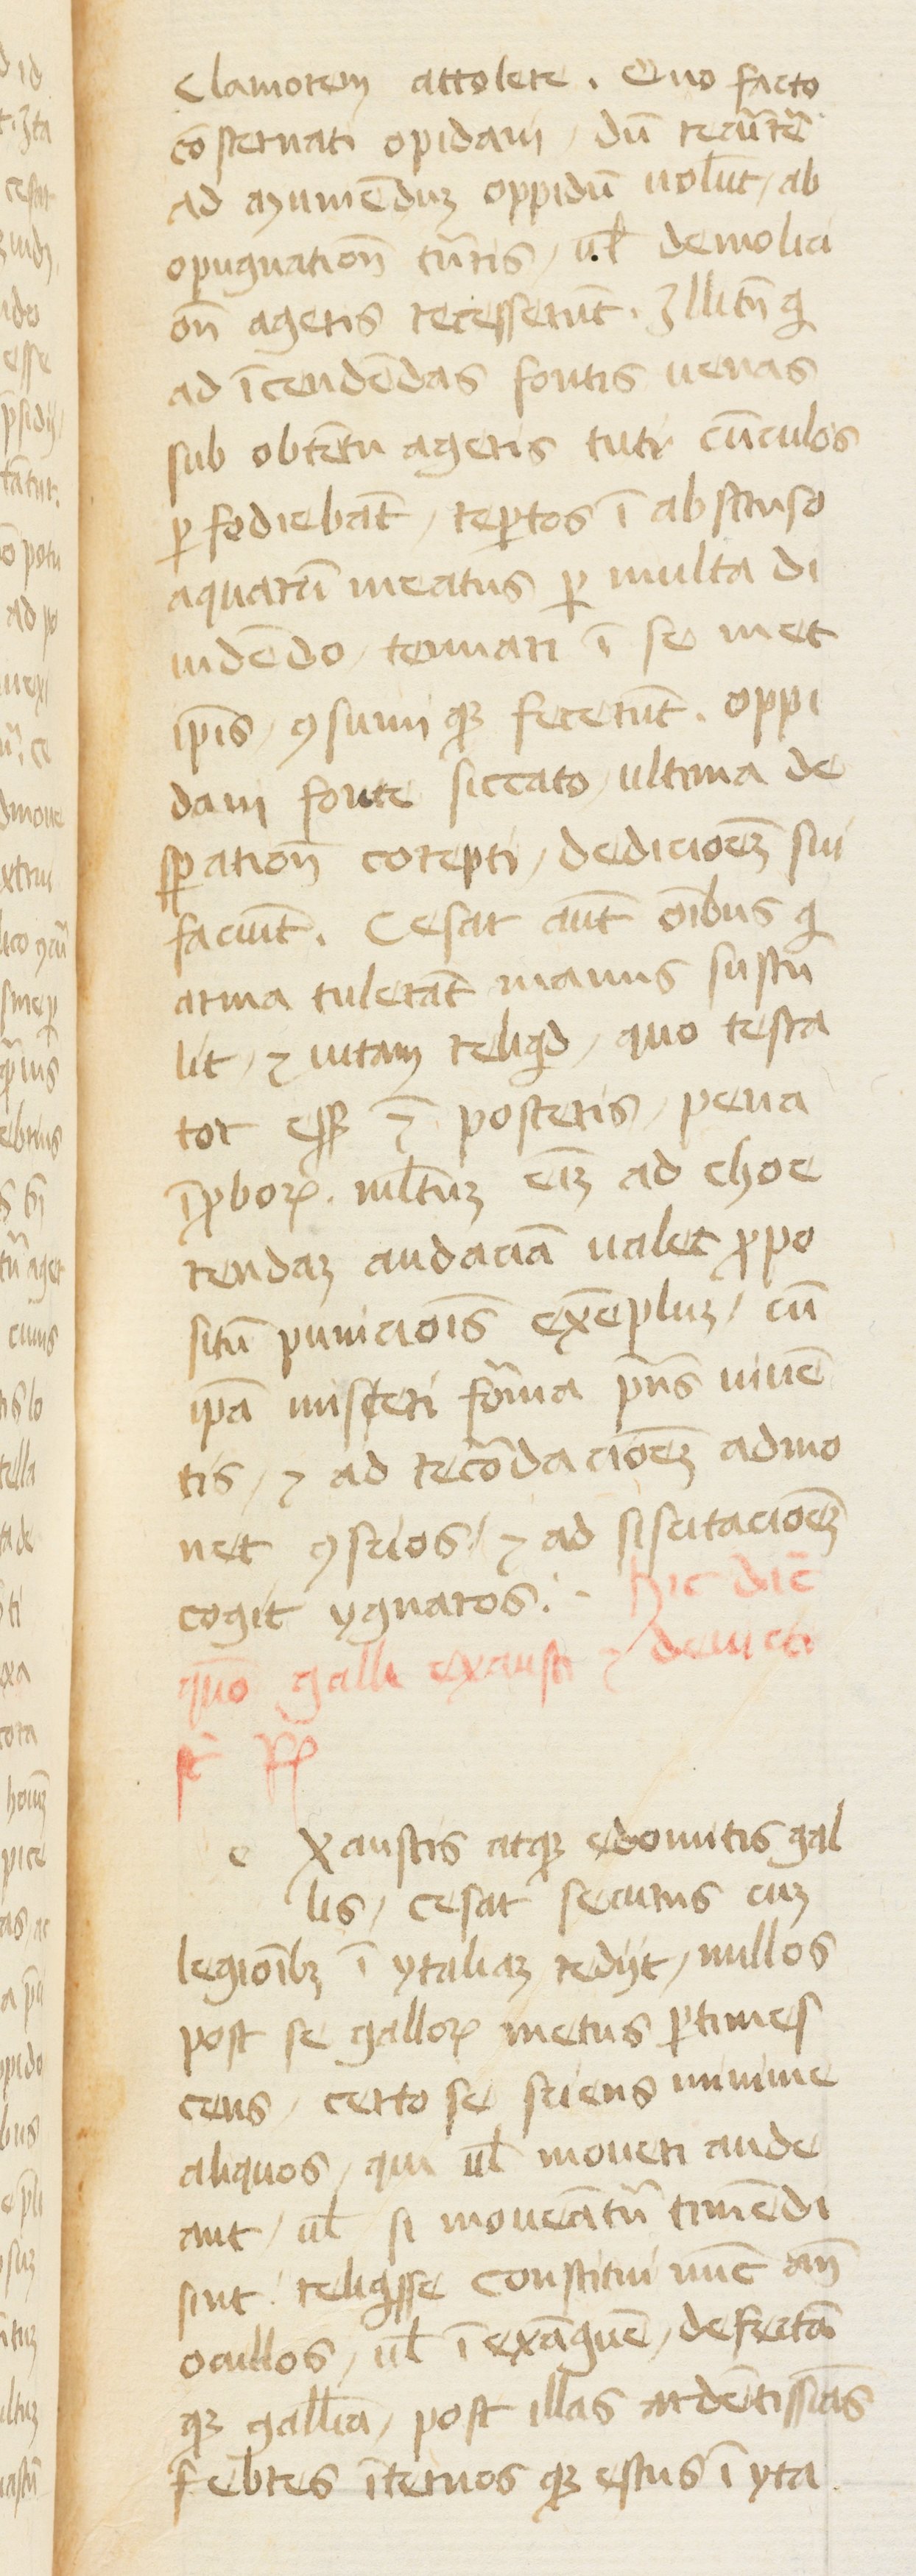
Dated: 1400–1415